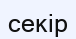
секір